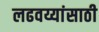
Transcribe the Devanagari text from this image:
लढवय्यांसाठी